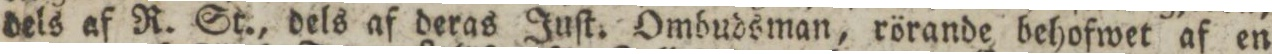
dels af R. St., dels af deras Juſt. Ombudsman, rörande behofwet af en